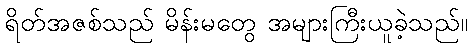
ရိတ်အဇစ်သည် မိန်းမတွေ အများကြီးယူခဲ့သည်။